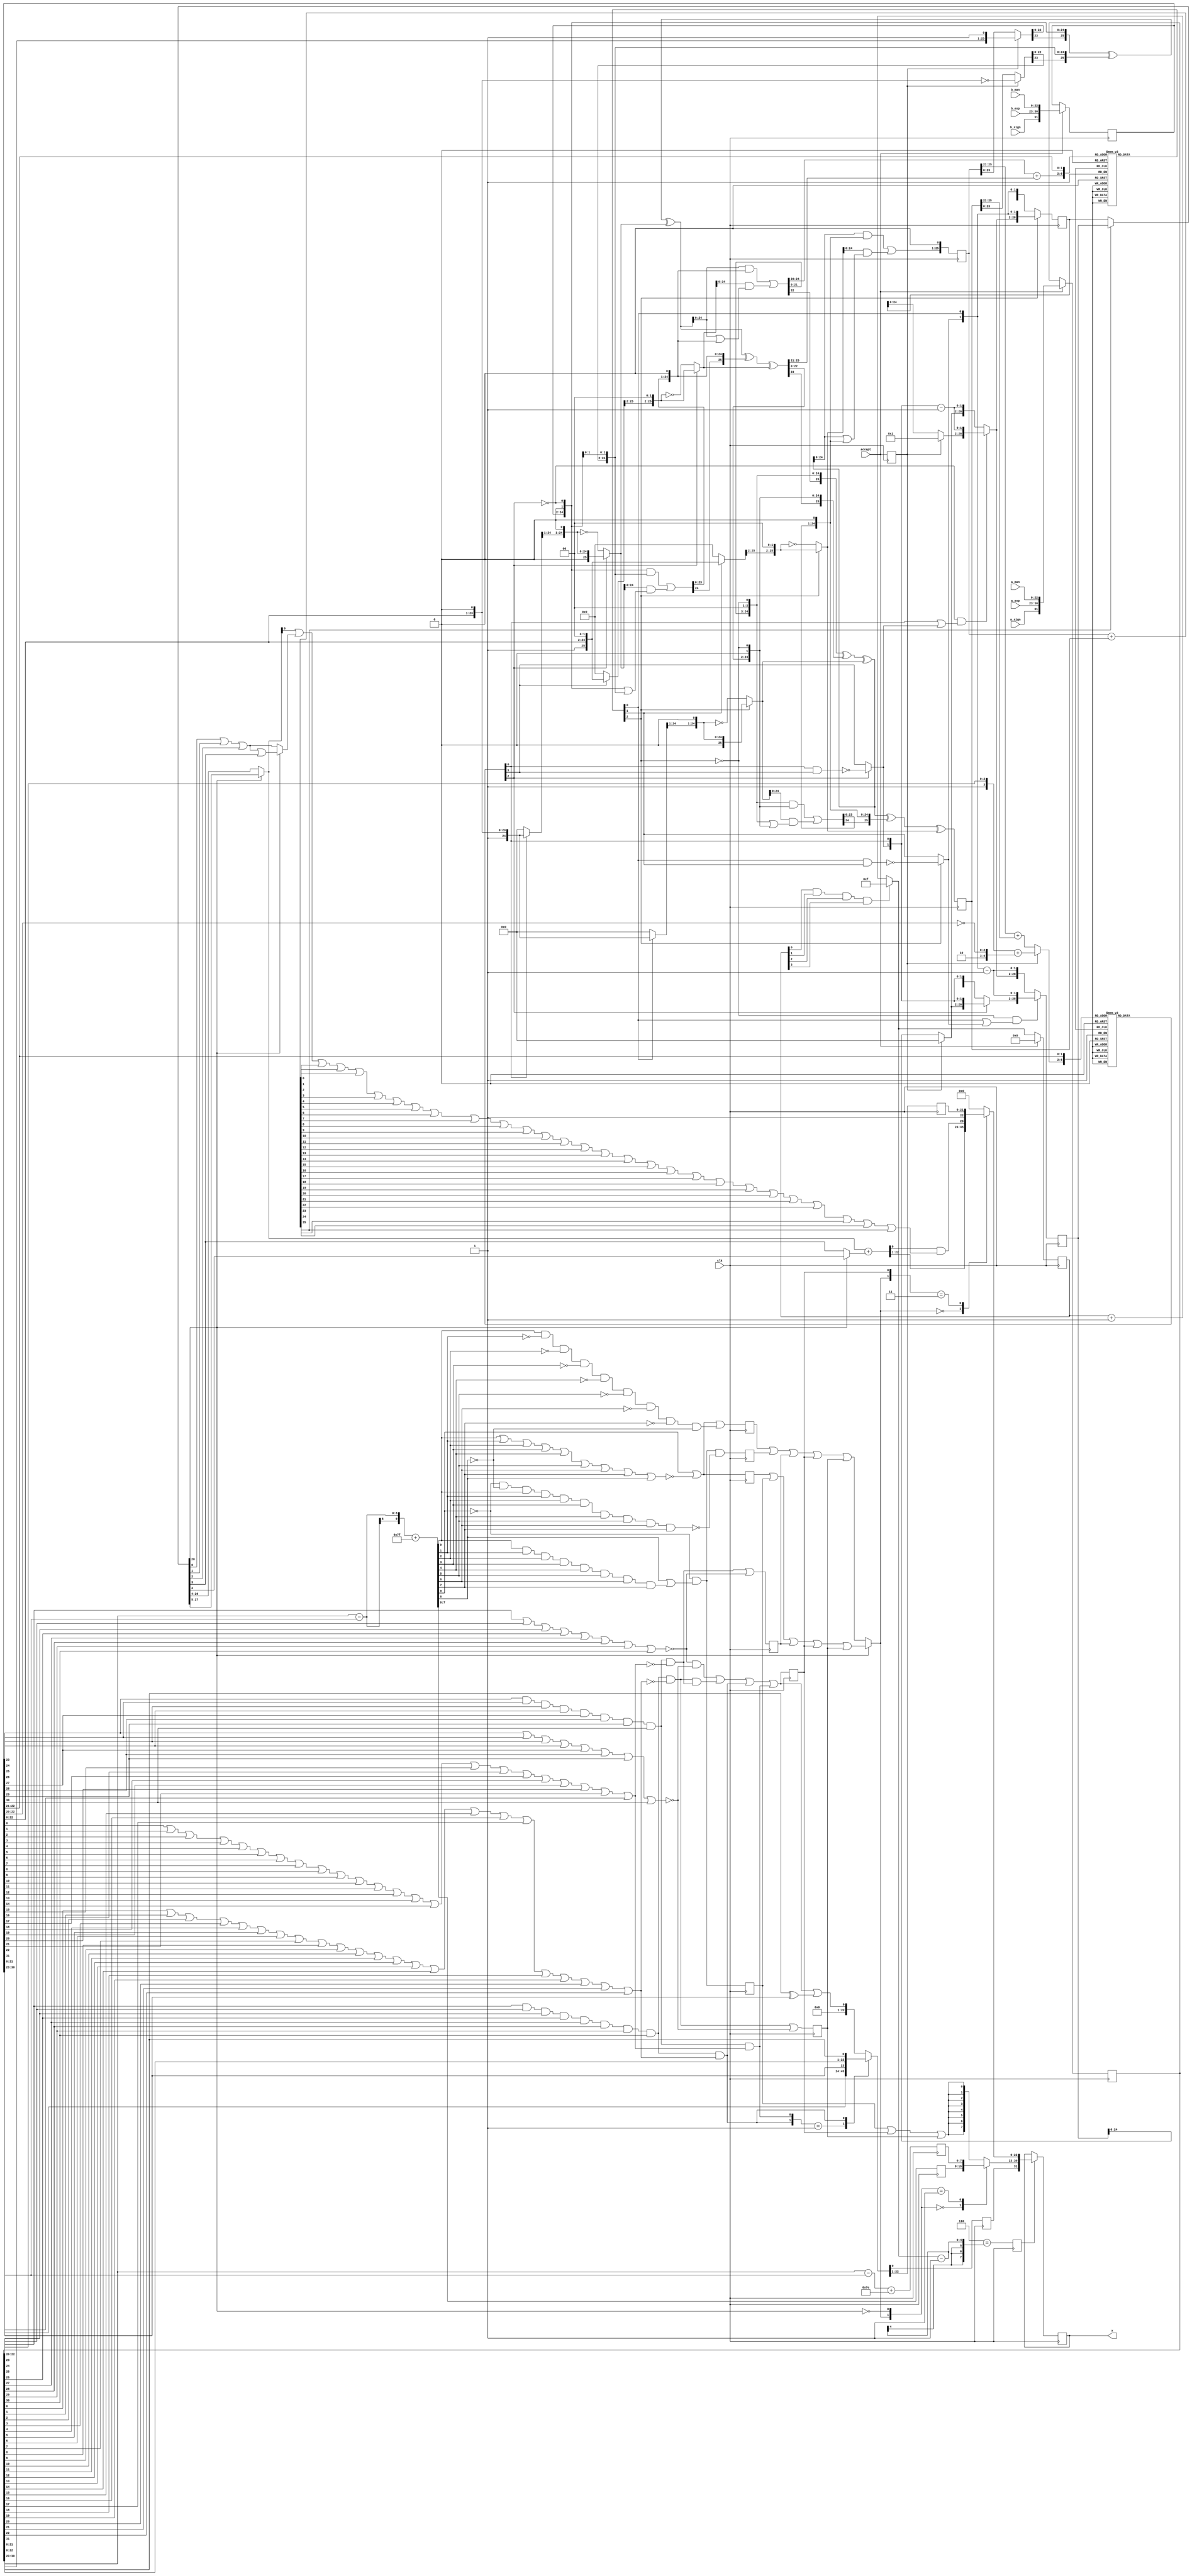
/*****************************************************************************
    Verilog RTL Description
    
    
    Created by: CellMath Designer 2019.1.01 
*******************************************************************************/

module DFT_compute_cynw_cm_float_div_ieee_E8_M23 (
	clk,
	a_sign,
	a_exp,
	a_man,
	b_sign,
	b_exp,
	b_man,
	accept,
	x
	); /* architecture "behavioural" */ 
input  clk;
input  a_sign;
input [7:0] a_exp;
input [22:0] a_man;
input  b_sign;
input [7:0] b_exp;
input [22:0] b_man;
input  accept;
output [31:0] x;
wire [31:0] tmp_0,
	tmp_1,
	inst_cellmath__0,
	inst_cellmath__8,
	inst_cellmath__9;
wire  inst_cellmath__11;
wire [3:0] inst_cellmath__12,
	inst_cellmath__13;
wire [25:0] inst_cellmath__14,
	inst_cellmath__16,
	inst_cellmath__17,
	inst_cellmath__20,
	inst_cellmath__21;
wire [4:0] inst_cellmath__22,
	inst_cellmath__23,
	inst_cellmath__24;
wire [6:0] inst_lookup0_cellmath__27;
wire [2:0] inst_lookup0_cellmath__29;
wire [25:0] inst_cellmath__30,
	inst_cellmath__31;
wire  inst_cellmath__32;
wire [25:0] inst_cellmath__34,
	inst_cellmath__35,
	inst_cellmath__36,
	inst_cellmath__38__W0,
	inst_cellmath__38__W1,
	inst_cellmath__39__W0,
	inst_cellmath__39__W1;
wire [28:0] inst_cellmath__40,
	inst_cellmath__41,
	inst_cellmath__42,
	inst_cellmath__43,
	inst_cellmath__44,
	inst_cellmath__45,
	inst_cellmath__46,
	inst_cellmath__47;
wire [1:0] inst_cellmath__50;
wire [4:0] inst_it2_cellmath__51;
wire [6:0] inst_it2_lookup1_cellmath__53;
wire [2:0] inst_it2_lookup1_cellmath__55;
wire [25:0] inst_it2_cellmath__56,
	inst_it2_cellmath__57;
wire  inst_it2_cellmath__58;
wire [25:0] inst_it2_cellmath__60,
	inst_it2_cellmath__61,
	inst_it2_cellmath__62__W0,
	inst_it2_cellmath__62__W1,
	inst_it2_cellmath__63__W0,
	inst_it2_cellmath__63__W1;
wire [1:0] inst_it2_cellmath__66;
wire [9:0] inst_cellmath__67,
	inst_cellmath__68;
wire  inst_cellmath__69,
	inst_cellmath__70,
	inst_cellmath__71,
	inst_cellmath__72,
	inst_cellmath__73,
	inst_cellmath__74,
	inst_cellmath__75,
	inst_cellmath__76,
	inst_cellmath__77,
	inst_cellmath__78,
	inst_cellmath__79,
	inst_cellmath__80,
	inst_cellmath__83,
	inst_cellmath__84,
	inst_cellmath__85,
	inst_cellmath__86,
	inst_cellmath__87,
	inst_cellmath__88,
	inst_cellmath__89,
	inst_cellmath__91,
	inst_cellmath__96,
	inst_cellmath__98,
	inst_cellmath__100,
	inst_cellmath__101,
	inst_cellmath__102,
	inst_cellmath__103,
	inst_cellmath__104,
	inst_cellmath__105,
	inst_cellmath__106,
	inst_cellmath__109;
wire [7:0] inst_cellmath__110,
	inst_cellmath__111;
wire [21:0] inst_cellmath__112;
wire [31:0] inst_cellmath__113;
wire [25:0] inst_cellmath__120;
wire  inst_cellmath__122;
wire [28:0] inst_cellmath__124;
wire [22:0] inst_cellmath__125;
wire  inst_cellmath__126,
	inst_cellmath__127;
wire [22:0] inst_cellmath__129;
wire  inst_cellmath__135,
	inst_cellmath__136,
	inst_cellmath__137;
wire [0:0] inst_cellmath__13__14;
wire [4:0] inst_cellmath__12__18;
wire [0:0] inst_cellmath__12__19;
wire [25:0] inst_cellmath__18__20,
	inst_cellmath__20__23;
wire [4:0] inst_cellmath__22__27;
wire [2:0] inst_cellmath__22__29;
wire [4:0] inst_cellmath__22__28;
wire [25:0] inst_cellmath__39__41;
wire [0:0] inst_cellmath__48__46,
	inst_cellmath__48__44;
wire [30:0] inst_cellmath__42__49,
	inst_cellmath__42__50,
	inst_cellmath__43__53,
	inst_cellmath__43__54;
wire [0:0] inst_cellmath__43__56,
	inst_cellmath__43__55;
wire [25:0] inst_it2_cellmath__63__67;
wire [0:0] inst_it2_cellmath__64__70,
	inst_it2_cellmath__64__68;
wire [30:0] inst_cellmath__40__73,
	inst_cellmath__40__74,
	inst_cellmath__41__77,
	inst_cellmath__41__78;
wire [0:0] inst_cellmath__41__80,
	inst_cellmath__41__79,
	inst_cellmath__69__82,
	inst_cellmath__69__81,
	inst_cellmath__70__83,
	inst_cellmath__87__87,
	inst_cellmath__87__88,
	inst_cellmath__92__95,
	inst_cellmath__127__103,
	inst_cellmath__127__104,
	inst_cellmath__130__105,
	inst_cellmath__121__106,
	inst_cellmath__133__109;
wire [7:0] inst_cellmath__113__113;
wire [25:0] inst_cellmath__30__31_0,
	inst_it2_cellmath__56__57_0;
wire [1:0] inst_cellmath__79_0,
	inst_cellmath__137_0,
	inst_cellmath__137_1;
wire [22:0] inst_cellmath__90_0,
	inst_cellmath__90_1,
	inst_cellmath__90_2;
wire [23:0] inst_cellmath__19__21_24_1_;
wire [1:0] inst_cellmath__48_1_0__1,
	inst_it2_cellmath__64_1_0__1;
wire [25:0] inst_cellmath__31__35_0_0,
	inst_it2_cellmath__57__61_0_0;
wire [22:0] inst_cellmath__113__115_22_1_,
	inst_cellmath__113__115_22_1__0,
	inst_cellmath__113__115_22_1__1;
wire [24:0] inst_cellmath__19__21_25_1__0_0,
	inst_cellmath__19__21_25_1__0_1;
wire [25:0] inst_cellmath__30__31_1_0,
	inst_cellmath__30__31_1_1,
	inst_cellmath__31__37_0_0,
	inst_cellmath__31__37_0_1,
	inst_cellmath__31__35_1_0,
	inst_cellmath__31__35_1_1,
	inst_it2_cellmath__56__57_1_0,
	inst_it2_cellmath__56__57_1_1,
	inst_it2_cellmath__57__61_1_0,
	inst_it2_cellmath__57__61_1_1;
wire [21:0] inst_cellmath__134__111_22_1_;
wire [24:0] inst_cellmath__31__35_0_25_1__0_0,
	inst_cellmath__31__35_0_25_1__0_1,
	inst_it2_cellmath__57__61_0_25_1__0_0,
	inst_it2_cellmath__57__61_0_25_1__0_1;

reg [31:0] inst_cellmath__0_0_reg;
assign inst_cellmath__0 = inst_cellmath__0_0_reg;
always @ (posedge clk) begin
	begin
		if (inst_cellmath__109==1'B1) inst_cellmath__0_0_reg <= inst_cellmath__113;
	end
end

assign x = inst_cellmath__0;

assign tmp_0 = {a_sign,a_exp,a_man};

assign tmp_1 = {b_sign,b_exp,b_man};

reg [31:0] inst_cellmath__9_0_reg;
assign inst_cellmath__9 = inst_cellmath__9_0_reg;
always @ (posedge clk) begin
	begin
		if (accept==1'B1) inst_cellmath__9_0_reg <= tmp_1;
	end
end

assign inst_cellmath__19__21_25_1__0_0 = {1'B1,inst_cellmath__9[22:0],1'B0};

assign inst_cellmath__19__21_25_1__0_1 = {1'B1,inst_cellmath__9[22:0],1'B0};

reg  inst_cellmath__11_0_reg;
assign inst_cellmath__11 = inst_cellmath__11_0_reg;
always @ (posedge clk) begin
	begin
		inst_cellmath__11_0_reg <= accept;
	end
end

reg [25:0] inst_cellmath__16_0_reg;
assign inst_cellmath__16 = inst_cellmath__16_0_reg;
always @ (posedge clk) begin
	begin
		inst_cellmath__16_0_reg <= inst_cellmath__14;
	end
end

reg [25:0] inst_cellmath__17_0_reg;
assign inst_cellmath__17 = inst_cellmath__17_0_reg;
always @ (posedge clk) begin
	begin
		inst_cellmath__17_0_reg <= inst_it2_cellmath__63__W1;
	end
end

assign inst_cellmath__23 = 
	+(inst_cellmath__16[25:21])
	+(inst_cellmath__17[25:21]);

reg [31:0] inst_cellmath__8_0_reg;
assign inst_cellmath__8 = inst_cellmath__8_0_reg;
always @ (posedge clk) begin
	begin
		if (accept==1'B1) inst_cellmath__8_0_reg <= tmp_0;
	end
end

assign inst_cellmath__22__27 = {2'B01,inst_cellmath__8[22:20]};

assign inst_cellmath__22__29 = ~inst_cellmath__9[22:20];

assign inst_cellmath__22__28 = {2'B10,inst_cellmath__22__29};

assign inst_cellmath__22 = 
	+(inst_cellmath__22__27)
	+(inst_cellmath__22__28);

reg [4:0] inst_cellmath__24_tmp_0;
assign inst_cellmath__24 = inst_cellmath__24_tmp_0;
always @ (inst_cellmath__11 or inst_cellmath__23 or inst_cellmath__22) begin
	case (inst_cellmath__11)
		1'B0 : inst_cellmath__24_tmp_0 = inst_cellmath__23 ;
		default : inst_cellmath__24_tmp_0 = inst_cellmath__22 ;
	endcase
end

assign inst_lookup0_cellmath__27 = {inst_cellmath__24,inst_cellmath__9[22:21]};

reg [2:0] inst_lookup0_cellmath__29_tmp_1;
assign inst_lookup0_cellmath__29 = inst_lookup0_cellmath__29_tmp_1;
always @ (inst_lookup0_cellmath__27) begin
	case (inst_lookup0_cellmath__27)
		7'B0000100 : inst_lookup0_cellmath__29_tmp_1 = 3'B001 ;
		7'B0000101 : inst_lookup0_cellmath__29_tmp_1 = 3'B001 ;
		7'B0001000 : inst_lookup0_cellmath__29_tmp_1 = 3'B001 ;
		7'B0001001 : inst_lookup0_cellmath__29_tmp_1 = 3'B001 ;
		7'B0001010 : inst_lookup0_cellmath__29_tmp_1 = 3'B001 ;
		7'B0001011 : inst_lookup0_cellmath__29_tmp_1 = 3'B001 ;
		7'B0001100 : inst_lookup0_cellmath__29_tmp_1 = 3'B010 ;
		7'B0001101 : inst_lookup0_cellmath__29_tmp_1 = 3'B001 ;
		7'B0001110 : inst_lookup0_cellmath__29_tmp_1 = 3'B001 ;
		7'B0001111 : inst_lookup0_cellmath__29_tmp_1 = 3'B001 ;
		7'B0010000 : inst_lookup0_cellmath__29_tmp_1 = 3'B010 ;
		7'B0010001 : inst_lookup0_cellmath__29_tmp_1 = 3'B010 ;
		7'B0010010 : inst_lookup0_cellmath__29_tmp_1 = 3'B001 ;
		7'B0010011 : inst_lookup0_cellmath__29_tmp_1 = 3'B001 ;
		7'B0010100 : inst_lookup0_cellmath__29_tmp_1 = 3'B011 ;
		7'B0010101 : inst_lookup0_cellmath__29_tmp_1 = 3'B010 ;
		7'B0010110 : inst_lookup0_cellmath__29_tmp_1 = 3'B010 ;
		7'B0010111 : inst_lookup0_cellmath__29_tmp_1 = 3'B001 ;
		7'B0011000 : inst_lookup0_cellmath__29_tmp_1 = 3'B011 ;
		7'B0011001 : inst_lookup0_cellmath__29_tmp_1 = 3'B011 ;
		7'B0011010 : inst_lookup0_cellmath__29_tmp_1 = 3'B010 ;
		7'B0011011 : inst_lookup0_cellmath__29_tmp_1 = 3'B010 ;
		7'B0011100 : inst_lookup0_cellmath__29_tmp_1 = 3'B011 ;
		7'B0011101 : inst_lookup0_cellmath__29_tmp_1 = 3'B011 ;
		7'B0011110 : inst_lookup0_cellmath__29_tmp_1 = 3'B010 ;
		7'B0011111 : inst_lookup0_cellmath__29_tmp_1 = 3'B010 ;
		7'B0100000 : inst_lookup0_cellmath__29_tmp_1 = 3'B011 ;
		7'B0100001 : inst_lookup0_cellmath__29_tmp_1 = 3'B011 ;
		7'B0100010 : inst_lookup0_cellmath__29_tmp_1 = 3'B011 ;
		7'B0100011 : inst_lookup0_cellmath__29_tmp_1 = 3'B010 ;
		7'B0100100 : inst_lookup0_cellmath__29_tmp_1 = 3'B011 ;
		7'B0100101 : inst_lookup0_cellmath__29_tmp_1 = 3'B011 ;
		7'B0100110 : inst_lookup0_cellmath__29_tmp_1 = 3'B011 ;
		7'B0100111 : inst_lookup0_cellmath__29_tmp_1 = 3'B011 ;
		7'B0101000 : inst_lookup0_cellmath__29_tmp_1 = 3'B011 ;
		7'B0101001 : inst_lookup0_cellmath__29_tmp_1 = 3'B011 ;
		7'B0101010 : inst_lookup0_cellmath__29_tmp_1 = 3'B011 ;
		7'B0101011 : inst_lookup0_cellmath__29_tmp_1 = 3'B011 ;
		7'B0101100 : inst_lookup0_cellmath__29_tmp_1 = 3'B011 ;
		7'B0101101 : inst_lookup0_cellmath__29_tmp_1 = 3'B011 ;
		7'B0101110 : inst_lookup0_cellmath__29_tmp_1 = 3'B011 ;
		7'B0101111 : inst_lookup0_cellmath__29_tmp_1 = 3'B011 ;
		7'B0110000 : inst_lookup0_cellmath__29_tmp_1 = 3'B011 ;
		7'B0110001 : inst_lookup0_cellmath__29_tmp_1 = 3'B011 ;
		7'B0110010 : inst_lookup0_cellmath__29_tmp_1 = 3'B011 ;
		7'B0110011 : inst_lookup0_cellmath__29_tmp_1 = 3'B011 ;
		7'B0110100 : inst_lookup0_cellmath__29_tmp_1 = 3'B011 ;
		7'B0110101 : inst_lookup0_cellmath__29_tmp_1 = 3'B011 ;
		7'B0110110 : inst_lookup0_cellmath__29_tmp_1 = 3'B011 ;
		7'B0110111 : inst_lookup0_cellmath__29_tmp_1 = 3'B011 ;
		7'B0111000 : inst_lookup0_cellmath__29_tmp_1 = 3'B011 ;
		7'B0111001 : inst_lookup0_cellmath__29_tmp_1 = 3'B011 ;
		7'B0111010 : inst_lookup0_cellmath__29_tmp_1 = 3'B011 ;
		7'B0111011 : inst_lookup0_cellmath__29_tmp_1 = 3'B011 ;
		7'B0111100 : inst_lookup0_cellmath__29_tmp_1 = 3'B011 ;
		7'B0111101 : inst_lookup0_cellmath__29_tmp_1 = 3'B011 ;
		7'B0111110 : inst_lookup0_cellmath__29_tmp_1 = 3'B011 ;
		7'B0111111 : inst_lookup0_cellmath__29_tmp_1 = 3'B011 ;
		7'B1000000 : inst_lookup0_cellmath__29_tmp_1 = 3'B011 ;
		7'B1000001 : inst_lookup0_cellmath__29_tmp_1 = 3'B011 ;
		7'B1000010 : inst_lookup0_cellmath__29_tmp_1 = 3'B011 ;
		7'B1000011 : inst_lookup0_cellmath__29_tmp_1 = 3'B111 ;
		7'B1000100 : inst_lookup0_cellmath__29_tmp_1 = 3'B011 ;
		7'B1000101 : inst_lookup0_cellmath__29_tmp_1 = 3'B011 ;
		7'B1000110 : inst_lookup0_cellmath__29_tmp_1 = 3'B111 ;
		7'B1000111 : inst_lookup0_cellmath__29_tmp_1 = 3'B111 ;
		7'B1001000 : inst_lookup0_cellmath__29_tmp_1 = 3'B011 ;
		7'B1001001 : inst_lookup0_cellmath__29_tmp_1 = 3'B011 ;
		7'B1001010 : inst_lookup0_cellmath__29_tmp_1 = 3'B111 ;
		7'B1001011 : inst_lookup0_cellmath__29_tmp_1 = 3'B111 ;
		7'B1001100 : inst_lookup0_cellmath__29_tmp_1 = 3'B011 ;
		7'B1001101 : inst_lookup0_cellmath__29_tmp_1 = 3'B111 ;
		7'B1001110 : inst_lookup0_cellmath__29_tmp_1 = 3'B111 ;
		7'B1001111 : inst_lookup0_cellmath__29_tmp_1 = 3'B111 ;
		7'B1010000 : inst_lookup0_cellmath__29_tmp_1 = 3'B011 ;
		7'B1010001 : inst_lookup0_cellmath__29_tmp_1 = 3'B111 ;
		7'B1010010 : inst_lookup0_cellmath__29_tmp_1 = 3'B111 ;
		7'B1010011 : inst_lookup0_cellmath__29_tmp_1 = 3'B111 ;
		7'B1010100 : inst_lookup0_cellmath__29_tmp_1 = 3'B111 ;
		7'B1010101 : inst_lookup0_cellmath__29_tmp_1 = 3'B111 ;
		7'B1010110 : inst_lookup0_cellmath__29_tmp_1 = 3'B111 ;
		7'B1010111 : inst_lookup0_cellmath__29_tmp_1 = 3'B111 ;
		7'B1011000 : inst_lookup0_cellmath__29_tmp_1 = 3'B111 ;
		7'B1011001 : inst_lookup0_cellmath__29_tmp_1 = 3'B111 ;
		7'B1011010 : inst_lookup0_cellmath__29_tmp_1 = 3'B111 ;
		7'B1011011 : inst_lookup0_cellmath__29_tmp_1 = 3'B111 ;
		7'B1011100 : inst_lookup0_cellmath__29_tmp_1 = 3'B111 ;
		7'B1011101 : inst_lookup0_cellmath__29_tmp_1 = 3'B111 ;
		7'B1011110 : inst_lookup0_cellmath__29_tmp_1 = 3'B111 ;
		7'B1011111 : inst_lookup0_cellmath__29_tmp_1 = 3'B110 ;
		7'B1100000 : inst_lookup0_cellmath__29_tmp_1 = 3'B111 ;
		7'B1100001 : inst_lookup0_cellmath__29_tmp_1 = 3'B111 ;
		7'B1100010 : inst_lookup0_cellmath__29_tmp_1 = 3'B110 ;
		7'B1100011 : inst_lookup0_cellmath__29_tmp_1 = 3'B110 ;
		7'B1100100 : inst_lookup0_cellmath__29_tmp_1 = 3'B111 ;
		7'B1100101 : inst_lookup0_cellmath__29_tmp_1 = 3'B110 ;
		7'B1100110 : inst_lookup0_cellmath__29_tmp_1 = 3'B110 ;
		7'B1100111 : inst_lookup0_cellmath__29_tmp_1 = 3'B110 ;
		7'B1101000 : inst_lookup0_cellmath__29_tmp_1 = 3'B110 ;
		7'B1101001 : inst_lookup0_cellmath__29_tmp_1 = 3'B110 ;
		7'B1101010 : inst_lookup0_cellmath__29_tmp_1 = 3'B110 ;
		7'B1101011 : inst_lookup0_cellmath__29_tmp_1 = 3'B110 ;
		7'B1101100 : inst_lookup0_cellmath__29_tmp_1 = 3'B110 ;
		7'B1101101 : inst_lookup0_cellmath__29_tmp_1 = 3'B110 ;
		7'B1101110 : inst_lookup0_cellmath__29_tmp_1 = 3'B101 ;
		7'B1101111 : inst_lookup0_cellmath__29_tmp_1 = 3'B101 ;
		7'B1110000 : inst_lookup0_cellmath__29_tmp_1 = 3'B101 ;
		7'B1110001 : inst_lookup0_cellmath__29_tmp_1 = 3'B101 ;
		7'B1110010 : inst_lookup0_cellmath__29_tmp_1 = 3'B101 ;
		7'B1110011 : inst_lookup0_cellmath__29_tmp_1 = 3'B101 ;
		7'B1110100 : inst_lookup0_cellmath__29_tmp_1 = 3'B101 ;
		7'B1110101 : inst_lookup0_cellmath__29_tmp_1 = 3'B101 ;
		7'B1110110 : inst_lookup0_cellmath__29_tmp_1 = 3'B101 ;
		7'B1110111 : inst_lookup0_cellmath__29_tmp_1 = 3'B101 ;
		7'B1111000 : inst_lookup0_cellmath__29_tmp_1 = 3'B101 ;
		7'B1111001 : inst_lookup0_cellmath__29_tmp_1 = 3'B101 ;
		7'B1111010 : inst_lookup0_cellmath__29_tmp_1 = 3'B101 ;
		7'B1111011 : inst_lookup0_cellmath__29_tmp_1 = 3'B101 ;
		default : inst_lookup0_cellmath__29_tmp_1 = {3{1'b0}} ;
	endcase
end

reg [24:0] inst_cellmath__30__31_0_24_0_;
assign inst_cellmath__30__31_0[24:0] = inst_cellmath__30__31_0_24_0_;
always @ (inst_lookup0_cellmath__29[0] or inst_cellmath__19__21_25_1__0_1) begin
	case (inst_lookup0_cellmath__29[0])
		1'B1 : inst_cellmath__30__31_0_24_0_ = inst_cellmath__19__21_25_1__0_1 ;
		default : inst_cellmath__30__31_0_24_0_ = {25{1'b0}} ;
	endcase
end

assign inst_cellmath__30__31_1_0 = {1'B0,inst_cellmath__30__31_0[24:1],1'B0};

assign inst_cellmath__30__31_1_1 = {1'B0,inst_cellmath__30__31_0[24:1],1'B0};

assign inst_cellmath__31__37_0_0 = {1'B1,inst_cellmath__9[22:0],2'B00};

assign inst_cellmath__31__37_0_1 = {1'B1,inst_cellmath__9[22:0],2'B00};

reg [25:0] inst_cellmath__31__35_0_0_tmp_2;
assign inst_cellmath__31__35_0_0 = inst_cellmath__31__35_0_0_tmp_2;
always @ (inst_lookup0_cellmath__29[1] or inst_cellmath__31__37_0_0) begin
	case (inst_lookup0_cellmath__29[1])
		1'B1 : inst_cellmath__31__35_0_0_tmp_2 = inst_cellmath__31__37_0_0 ;
		default : inst_cellmath__31__35_0_0_tmp_2 = {26{1'b0}} ;
	endcase
end

assign inst_cellmath__31__35_0_25_1__0_0 = {inst_cellmath__31__35_0_0[25:2],1'B0};

assign inst_cellmath__31__35_0_25_1__0_1 = {inst_cellmath__31__35_0_0[25:2],1'B0};

assign inst_cellmath__31__35_1_0 = {inst_cellmath__31__35_0_25_1__0_1,1'B0};

assign inst_cellmath__31__35_1_1 = {inst_cellmath__31__35_0_25_1__0_0,1'B0};

assign inst_cellmath__18__20[23:0] = {inst_cellmath__8[22:0],1'B0};

assign inst_cellmath__20__23[23:0] = {inst_cellmath__18__20[23:1],1'B1};

reg [23:0] inst_cellmath__20_23_0_;
assign inst_cellmath__20[23:0] = inst_cellmath__20_23_0_;
always @ (inst_cellmath__11 or inst_cellmath__16[23:0] or inst_cellmath__20__23[23:0]) begin
	case (inst_cellmath__11)
		1'B0 : inst_cellmath__20_23_0_ = inst_cellmath__16[23:0] ;
		default : inst_cellmath__20_23_0_ = inst_cellmath__20__23[23:0] ;
	endcase
end

assign inst_cellmath__32 = ~inst_lookup0_cellmath__29[2];

assign inst_cellmath__34 = {inst_cellmath__20[23:0],1'B0,inst_cellmath__32};

assign inst_cellmath__19__21_24_1_ = {inst_cellmath__9[22:0],1'B0};

reg [23:0] inst_cellmath__21_23_0_;
assign inst_cellmath__21[23:0] = inst_cellmath__21_23_0_;
always @ (inst_cellmath__11 or inst_cellmath__17[23:0] or inst_cellmath__19__21_24_1_) begin
	case (inst_cellmath__11)
		1'B0 : inst_cellmath__21_23_0_ = inst_cellmath__17[23:0] ;
		default : inst_cellmath__21_23_0_ = ~inst_cellmath__19__21_24_1_ ;
	endcase
end

assign inst_cellmath__35 = {inst_cellmath__21[23:0],1'B0,inst_cellmath__32};

reg [25:0] inst_cellmath__30_tmp_3;
assign inst_cellmath__30 = inst_cellmath__30_tmp_3;
always @ (inst_lookup0_cellmath__29[2] or inst_cellmath__30__31_1_0 or inst_cellmath__30__31_1_1) begin
	case (inst_lookup0_cellmath__29[2])
		1'B0 : inst_cellmath__30_tmp_3 = ~inst_cellmath__30__31_1_0 ;
		default : inst_cellmath__30_tmp_3 = inst_cellmath__30__31_1_1 ;
	endcase
end

assign inst_cellmath__38__W1 = (inst_cellmath__34 ^ inst_cellmath__35) ^ inst_cellmath__30;
assign inst_cellmath__38__W0[24:0] = (inst_cellmath__34 & inst_cellmath__35) | (inst_cellmath__30 & (inst_cellmath__34 | inst_cellmath__35));

assign inst_cellmath__39__41 = {inst_cellmath__38__W0[24:0],1'B0};

reg [25:0] inst_cellmath__31_tmp_4;
assign inst_cellmath__31 = inst_cellmath__31_tmp_4;
always @ (inst_lookup0_cellmath__29[2] or inst_cellmath__31__35_1_0 or inst_cellmath__31__35_1_1) begin
	case (inst_lookup0_cellmath__29[2])
		1'B0 : inst_cellmath__31_tmp_4 = ~inst_cellmath__31__35_1_0 ;
		default : inst_cellmath__31_tmp_4 = inst_cellmath__31__35_1_1 ;
	endcase
end

assign inst_cellmath__39__W1 = (inst_cellmath__38__W1 ^ inst_cellmath__39__41) ^ inst_cellmath__31;
assign inst_cellmath__39__W0[24:0] = (inst_cellmath__38__W1 & inst_cellmath__39__41) | (inst_cellmath__31 & (inst_cellmath__38__W1 | inst_cellmath__39__41));

assign inst_it2_cellmath__51 = 
	+(inst_cellmath__39__W0[24:20])
	+(inst_cellmath__39__W1[25:21]);

assign inst_it2_lookup1_cellmath__53 = {inst_it2_cellmath__51,inst_cellmath__9[22:21]};

reg [2:0] inst_it2_lookup1_cellmath__55_tmp_5;
assign inst_it2_lookup1_cellmath__55 = inst_it2_lookup1_cellmath__55_tmp_5;
always @ (inst_it2_lookup1_cellmath__53) begin
	case (inst_it2_lookup1_cellmath__53)
		7'B0000100 : inst_it2_lookup1_cellmath__55_tmp_5 = 3'B001 ;
		7'B0000101 : inst_it2_lookup1_cellmath__55_tmp_5 = 3'B001 ;
		7'B0001000 : inst_it2_lookup1_cellmath__55_tmp_5 = 3'B001 ;
		7'B0001001 : inst_it2_lookup1_cellmath__55_tmp_5 = 3'B001 ;
		7'B0001010 : inst_it2_lookup1_cellmath__55_tmp_5 = 3'B001 ;
		7'B0001011 : inst_it2_lookup1_cellmath__55_tmp_5 = 3'B001 ;
		7'B0001100 : inst_it2_lookup1_cellmath__55_tmp_5 = 3'B010 ;
		7'B0001101 : inst_it2_lookup1_cellmath__55_tmp_5 = 3'B001 ;
		7'B0001110 : inst_it2_lookup1_cellmath__55_tmp_5 = 3'B001 ;
		7'B0001111 : inst_it2_lookup1_cellmath__55_tmp_5 = 3'B001 ;
		7'B0010000 : inst_it2_lookup1_cellmath__55_tmp_5 = 3'B010 ;
		7'B0010001 : inst_it2_lookup1_cellmath__55_tmp_5 = 3'B010 ;
		7'B0010010 : inst_it2_lookup1_cellmath__55_tmp_5 = 3'B001 ;
		7'B0010011 : inst_it2_lookup1_cellmath__55_tmp_5 = 3'B001 ;
		7'B0010100 : inst_it2_lookup1_cellmath__55_tmp_5 = 3'B011 ;
		7'B0010101 : inst_it2_lookup1_cellmath__55_tmp_5 = 3'B010 ;
		7'B0010110 : inst_it2_lookup1_cellmath__55_tmp_5 = 3'B010 ;
		7'B0010111 : inst_it2_lookup1_cellmath__55_tmp_5 = 3'B001 ;
		7'B0011000 : inst_it2_lookup1_cellmath__55_tmp_5 = 3'B011 ;
		7'B0011001 : inst_it2_lookup1_cellmath__55_tmp_5 = 3'B011 ;
		7'B0011010 : inst_it2_lookup1_cellmath__55_tmp_5 = 3'B010 ;
		7'B0011011 : inst_it2_lookup1_cellmath__55_tmp_5 = 3'B010 ;
		7'B0011100 : inst_it2_lookup1_cellmath__55_tmp_5 = 3'B011 ;
		7'B0011101 : inst_it2_lookup1_cellmath__55_tmp_5 = 3'B011 ;
		7'B0011110 : inst_it2_lookup1_cellmath__55_tmp_5 = 3'B010 ;
		7'B0011111 : inst_it2_lookup1_cellmath__55_tmp_5 = 3'B010 ;
		7'B0100000 : inst_it2_lookup1_cellmath__55_tmp_5 = 3'B011 ;
		7'B0100001 : inst_it2_lookup1_cellmath__55_tmp_5 = 3'B011 ;
		7'B0100010 : inst_it2_lookup1_cellmath__55_tmp_5 = 3'B011 ;
		7'B0100011 : inst_it2_lookup1_cellmath__55_tmp_5 = 3'B010 ;
		7'B0100100 : inst_it2_lookup1_cellmath__55_tmp_5 = 3'B011 ;
		7'B0100101 : inst_it2_lookup1_cellmath__55_tmp_5 = 3'B011 ;
		7'B0100110 : inst_it2_lookup1_cellmath__55_tmp_5 = 3'B011 ;
		7'B0100111 : inst_it2_lookup1_cellmath__55_tmp_5 = 3'B011 ;
		7'B0101000 : inst_it2_lookup1_cellmath__55_tmp_5 = 3'B011 ;
		7'B0101001 : inst_it2_lookup1_cellmath__55_tmp_5 = 3'B011 ;
		7'B0101010 : inst_it2_lookup1_cellmath__55_tmp_5 = 3'B011 ;
		7'B0101011 : inst_it2_lookup1_cellmath__55_tmp_5 = 3'B011 ;
		7'B0101100 : inst_it2_lookup1_cellmath__55_tmp_5 = 3'B011 ;
		7'B0101101 : inst_it2_lookup1_cellmath__55_tmp_5 = 3'B011 ;
		7'B0101110 : inst_it2_lookup1_cellmath__55_tmp_5 = 3'B011 ;
		7'B0101111 : inst_it2_lookup1_cellmath__55_tmp_5 = 3'B011 ;
		7'B0110000 : inst_it2_lookup1_cellmath__55_tmp_5 = 3'B011 ;
		7'B0110001 : inst_it2_lookup1_cellmath__55_tmp_5 = 3'B011 ;
		7'B0110010 : inst_it2_lookup1_cellmath__55_tmp_5 = 3'B011 ;
		7'B0110011 : inst_it2_lookup1_cellmath__55_tmp_5 = 3'B011 ;
		7'B0110100 : inst_it2_lookup1_cellmath__55_tmp_5 = 3'B011 ;
		7'B0110101 : inst_it2_lookup1_cellmath__55_tmp_5 = 3'B011 ;
		7'B0110110 : inst_it2_lookup1_cellmath__55_tmp_5 = 3'B011 ;
		7'B0110111 : inst_it2_lookup1_cellmath__55_tmp_5 = 3'B011 ;
		7'B0111000 : inst_it2_lookup1_cellmath__55_tmp_5 = 3'B011 ;
		7'B0111001 : inst_it2_lookup1_cellmath__55_tmp_5 = 3'B011 ;
		7'B0111010 : inst_it2_lookup1_cellmath__55_tmp_5 = 3'B011 ;
		7'B0111011 : inst_it2_lookup1_cellmath__55_tmp_5 = 3'B011 ;
		7'B0111100 : inst_it2_lookup1_cellmath__55_tmp_5 = 3'B011 ;
		7'B0111101 : inst_it2_lookup1_cellmath__55_tmp_5 = 3'B011 ;
		7'B0111110 : inst_it2_lookup1_cellmath__55_tmp_5 = 3'B011 ;
		7'B0111111 : inst_it2_lookup1_cellmath__55_tmp_5 = 3'B011 ;
		7'B1000000 : inst_it2_lookup1_cellmath__55_tmp_5 = 3'B011 ;
		7'B1000001 : inst_it2_lookup1_cellmath__55_tmp_5 = 3'B011 ;
		7'B1000010 : inst_it2_lookup1_cellmath__55_tmp_5 = 3'B011 ;
		7'B1000011 : inst_it2_lookup1_cellmath__55_tmp_5 = 3'B111 ;
		7'B1000100 : inst_it2_lookup1_cellmath__55_tmp_5 = 3'B011 ;
		7'B1000101 : inst_it2_lookup1_cellmath__55_tmp_5 = 3'B011 ;
		7'B1000110 : inst_it2_lookup1_cellmath__55_tmp_5 = 3'B111 ;
		7'B1000111 : inst_it2_lookup1_cellmath__55_tmp_5 = 3'B111 ;
		7'B1001000 : inst_it2_lookup1_cellmath__55_tmp_5 = 3'B011 ;
		7'B1001001 : inst_it2_lookup1_cellmath__55_tmp_5 = 3'B011 ;
		7'B1001010 : inst_it2_lookup1_cellmath__55_tmp_5 = 3'B111 ;
		7'B1001011 : inst_it2_lookup1_cellmath__55_tmp_5 = 3'B111 ;
		7'B1001100 : inst_it2_lookup1_cellmath__55_tmp_5 = 3'B011 ;
		7'B1001101 : inst_it2_lookup1_cellmath__55_tmp_5 = 3'B111 ;
		7'B1001110 : inst_it2_lookup1_cellmath__55_tmp_5 = 3'B111 ;
		7'B1001111 : inst_it2_lookup1_cellmath__55_tmp_5 = 3'B111 ;
		7'B1010000 : inst_it2_lookup1_cellmath__55_tmp_5 = 3'B011 ;
		7'B1010001 : inst_it2_lookup1_cellmath__55_tmp_5 = 3'B111 ;
		7'B1010010 : inst_it2_lookup1_cellmath__55_tmp_5 = 3'B111 ;
		7'B1010011 : inst_it2_lookup1_cellmath__55_tmp_5 = 3'B111 ;
		7'B1010100 : inst_it2_lookup1_cellmath__55_tmp_5 = 3'B111 ;
		7'B1010101 : inst_it2_lookup1_cellmath__55_tmp_5 = 3'B111 ;
		7'B1010110 : inst_it2_lookup1_cellmath__55_tmp_5 = 3'B111 ;
		7'B1010111 : inst_it2_lookup1_cellmath__55_tmp_5 = 3'B111 ;
		7'B1011000 : inst_it2_lookup1_cellmath__55_tmp_5 = 3'B111 ;
		7'B1011001 : inst_it2_lookup1_cellmath__55_tmp_5 = 3'B111 ;
		7'B1011010 : inst_it2_lookup1_cellmath__55_tmp_5 = 3'B111 ;
		7'B1011011 : inst_it2_lookup1_cellmath__55_tmp_5 = 3'B111 ;
		7'B1011100 : inst_it2_lookup1_cellmath__55_tmp_5 = 3'B111 ;
		7'B1011101 : inst_it2_lookup1_cellmath__55_tmp_5 = 3'B111 ;
		7'B1011110 : inst_it2_lookup1_cellmath__55_tmp_5 = 3'B111 ;
		7'B1011111 : inst_it2_lookup1_cellmath__55_tmp_5 = 3'B110 ;
		7'B1100000 : inst_it2_lookup1_cellmath__55_tmp_5 = 3'B111 ;
		7'B1100001 : inst_it2_lookup1_cellmath__55_tmp_5 = 3'B111 ;
		7'B1100010 : inst_it2_lookup1_cellmath__55_tmp_5 = 3'B110 ;
		7'B1100011 : inst_it2_lookup1_cellmath__55_tmp_5 = 3'B110 ;
		7'B1100100 : inst_it2_lookup1_cellmath__55_tmp_5 = 3'B111 ;
		7'B1100101 : inst_it2_lookup1_cellmath__55_tmp_5 = 3'B110 ;
		7'B1100110 : inst_it2_lookup1_cellmath__55_tmp_5 = 3'B110 ;
		7'B1100111 : inst_it2_lookup1_cellmath__55_tmp_5 = 3'B110 ;
		7'B1101000 : inst_it2_lookup1_cellmath__55_tmp_5 = 3'B110 ;
		7'B1101001 : inst_it2_lookup1_cellmath__55_tmp_5 = 3'B110 ;
		7'B1101010 : inst_it2_lookup1_cellmath__55_tmp_5 = 3'B110 ;
		7'B1101011 : inst_it2_lookup1_cellmath__55_tmp_5 = 3'B110 ;
		7'B1101100 : inst_it2_lookup1_cellmath__55_tmp_5 = 3'B110 ;
		7'B1101101 : inst_it2_lookup1_cellmath__55_tmp_5 = 3'B110 ;
		7'B1101110 : inst_it2_lookup1_cellmath__55_tmp_5 = 3'B101 ;
		7'B1101111 : inst_it2_lookup1_cellmath__55_tmp_5 = 3'B101 ;
		7'B1110000 : inst_it2_lookup1_cellmath__55_tmp_5 = 3'B101 ;
		7'B1110001 : inst_it2_lookup1_cellmath__55_tmp_5 = 3'B101 ;
		7'B1110010 : inst_it2_lookup1_cellmath__55_tmp_5 = 3'B101 ;
		7'B1110011 : inst_it2_lookup1_cellmath__55_tmp_5 = 3'B101 ;
		7'B1110100 : inst_it2_lookup1_cellmath__55_tmp_5 = 3'B101 ;
		7'B1110101 : inst_it2_lookup1_cellmath__55_tmp_5 = 3'B101 ;
		7'B1110110 : inst_it2_lookup1_cellmath__55_tmp_5 = 3'B101 ;
		7'B1110111 : inst_it2_lookup1_cellmath__55_tmp_5 = 3'B101 ;
		7'B1111000 : inst_it2_lookup1_cellmath__55_tmp_5 = 3'B101 ;
		7'B1111001 : inst_it2_lookup1_cellmath__55_tmp_5 = 3'B101 ;
		7'B1111010 : inst_it2_lookup1_cellmath__55_tmp_5 = 3'B101 ;
		7'B1111011 : inst_it2_lookup1_cellmath__55_tmp_5 = 3'B101 ;
		default : inst_it2_lookup1_cellmath__55_tmp_5 = {3{1'b0}} ;
	endcase
end

reg [24:0] inst_it2_cellmath__56__57_0_24_0_;
assign inst_it2_cellmath__56__57_0[24:0] = inst_it2_cellmath__56__57_0_24_0_;
always @ (inst_it2_lookup1_cellmath__55[0] or inst_cellmath__19__21_25_1__0_0) begin
	case (inst_it2_lookup1_cellmath__55[0])
		1'B1 : inst_it2_cellmath__56__57_0_24_0_ = inst_cellmath__19__21_25_1__0_0 ;
		default : inst_it2_cellmath__56__57_0_24_0_ = {25{1'b0}} ;
	endcase
end

assign inst_it2_cellmath__56__57_1_0 = {1'B0,inst_it2_cellmath__56__57_0[24:1],1'B0};

assign inst_it2_cellmath__56__57_1_1 = {1'B0,inst_it2_cellmath__56__57_0[24:1],1'B0};

reg [25:0] inst_it2_cellmath__57__61_0_0_tmp_6;
assign inst_it2_cellmath__57__61_0_0 = inst_it2_cellmath__57__61_0_0_tmp_6;
always @ (inst_it2_lookup1_cellmath__55[1] or inst_cellmath__31__37_0_1) begin
	case (inst_it2_lookup1_cellmath__55[1])
		1'B1 : inst_it2_cellmath__57__61_0_0_tmp_6 = inst_cellmath__31__37_0_1 ;
		default : inst_it2_cellmath__57__61_0_0_tmp_6 = {26{1'b0}} ;
	endcase
end

assign inst_it2_cellmath__57__61_0_25_1__0_0 = {inst_it2_cellmath__57__61_0_0[25:2],1'B0};

assign inst_it2_cellmath__57__61_0_25_1__0_1 = {inst_it2_cellmath__57__61_0_0[25:2],1'B0};

assign inst_it2_cellmath__57__61_1_0 = {inst_it2_cellmath__57__61_0_25_1__0_1,1'B0};

assign inst_it2_cellmath__57__61_1_1 = {inst_it2_cellmath__57__61_0_25_1__0_0,1'B0};

reg [21:0] inst_cellmath__112_0_reg;
assign inst_cellmath__112 = inst_cellmath__112_0_reg;
always @ (posedge clk) begin
	begin
		inst_cellmath__112_0_reg <= inst_cellmath__90_0[22:1];
	end
end

assign inst_cellmath__134__111_22_1_ = {1'B1,inst_cellmath__112[21:1]};

assign inst_cellmath__120 = 
	+(inst_cellmath__16)
	+(inst_cellmath__17);

reg [28:0] inst_cellmath__44_0_reg;
assign inst_cellmath__44 = inst_cellmath__44_0_reg;
always @ (posedge clk) begin
	begin
		inst_cellmath__44_0_reg <= inst_cellmath__40;
	end
end

reg [28:0] inst_cellmath__45_0_reg;
assign inst_cellmath__45 = inst_cellmath__45_0_reg;
always @ (posedge clk) begin
	begin
		inst_cellmath__45_0_reg <= inst_cellmath__41;
	end
end

reg [28:0] inst_cellmath__124_tmp_7;
assign inst_cellmath__124 = inst_cellmath__124_tmp_7;
always @ (inst_cellmath__120[25] or inst_cellmath__44 or inst_cellmath__45) begin
	case (inst_cellmath__120[25])
		1'B0 : inst_cellmath__124_tmp_7 = inst_cellmath__44 ;
		default : inst_cellmath__124_tmp_7 = inst_cellmath__45 ;
	endcase
end

assign inst_cellmath__122 = ~inst_cellmath__124[28];

reg [22:0] inst_cellmath__125_tmp_8;
assign inst_cellmath__125 = inst_cellmath__125_tmp_8;
always @ (inst_cellmath__122 or inst_cellmath__124[27:5] or inst_cellmath__124[26:4]) begin
	case (inst_cellmath__122)
		1'B0 : inst_cellmath__125_tmp_8 = inst_cellmath__124[27:5] ;
		default : inst_cellmath__125_tmp_8 = inst_cellmath__124[26:4] ;
	endcase
end

reg [0:0] inst_cellmath__126_tmp_9;
assign inst_cellmath__126 = inst_cellmath__126_tmp_9;
always @ (inst_cellmath__122 or inst_cellmath__124[4] or inst_cellmath__124[3]) begin
	case (inst_cellmath__122)
		1'B0 : inst_cellmath__126_tmp_9 = inst_cellmath__124[4] ;
		default : inst_cellmath__126_tmp_9 = inst_cellmath__124[3] ;
	endcase
end

assign inst_cellmath__129 = 
	+(inst_cellmath__125)
	+(inst_cellmath__126);

assign inst_cellmath__127__104 = 
	(inst_cellmath__124[0])
	|(inst_cellmath__124[1])
	|(inst_cellmath__124[2])
	|(inst_cellmath__124[3]);

assign inst_cellmath__127__103 = 
	(inst_cellmath__124[0])
	|(inst_cellmath__124[1])
	|(inst_cellmath__124[2]);

reg [0:0] inst_cellmath__127_tmp_10;
assign inst_cellmath__127 = inst_cellmath__127_tmp_10;
always @ (inst_cellmath__122 or inst_cellmath__127__104 or inst_cellmath__127__103) begin
	case (inst_cellmath__122)
		1'B0 : inst_cellmath__127_tmp_10 = inst_cellmath__127__104 ;
		default : inst_cellmath__127_tmp_10 = inst_cellmath__127__103 ;
	endcase
end

assign inst_cellmath__130__105 = 
	(inst_cellmath__125[0])
	|(inst_cellmath__127)
	|(inst_cellmath__120[0])
	|(inst_cellmath__120[1])
	|(inst_cellmath__120[2])
	|(inst_cellmath__120[3])
	|(inst_cellmath__120[4])
	|(inst_cellmath__120[5])
	|(inst_cellmath__120[6])
	|(inst_cellmath__120[7])
	|(inst_cellmath__120[8])
	|(inst_cellmath__120[9])
	|(inst_cellmath__120[10])
	|(inst_cellmath__120[11])
	|(inst_cellmath__120[12])
	|(inst_cellmath__120[13])
	|(inst_cellmath__120[14])
	|(inst_cellmath__120[15])
	|(inst_cellmath__120[16])
	|(inst_cellmath__120[17])
	|(inst_cellmath__120[18])
	|(inst_cellmath__120[19])
	|(inst_cellmath__120[20])
	|(inst_cellmath__120[21])
	|(inst_cellmath__120[22])
	|(inst_cellmath__120[23])
	|(inst_cellmath__120[24])
	|(inst_cellmath__120[25]);

assign inst_cellmath__121__106 = 
	(inst_cellmath__129[0])
	&(inst_cellmath__130__105);

assign inst_cellmath__113__115_22_1__0 = {inst_cellmath__129[22:1],inst_cellmath__121__106};

assign inst_cellmath__113__115_22_1__1 = {inst_cellmath__134__111_22_1_,inst_cellmath__112[0]};

assign inst_cellmath__13__14 = ~accept;

reg [3:0] inst_cellmath__13_0_reg;
assign inst_cellmath__13 = inst_cellmath__13_0_reg;
always @ (posedge clk) begin
	if (inst_cellmath__13__14==1'B0) begin
		inst_cellmath__13_0_reg <= {4{1'B0}};
	end else begin
		inst_cellmath__13_0_reg <= inst_cellmath__12;
	end
end

assign inst_cellmath__12__18[3:0] = 
	+(inst_cellmath__13)
	+(4'B0001);

assign inst_cellmath__12__19 = 
	(inst_cellmath__13[0])
	&(inst_cellmath__13[1])
	&(inst_cellmath__13[2])
	&(inst_cellmath__13[3]);

reg [3:0] inst_cellmath__12_tmp_11;
assign inst_cellmath__12 = inst_cellmath__12_tmp_11;
always @ (inst_cellmath__12__19 or inst_cellmath__12__18[3:0]) begin
	case (inst_cellmath__12__19)
		1'B0 : inst_cellmath__12_tmp_11 = inst_cellmath__12__18[3:0] ;
		default : inst_cellmath__12_tmp_11 = 4'B1111 ;
	endcase
end

assign inst_cellmath__36[0] = 1'B0;

assign inst_cellmath__36[23:1] = inst_cellmath__39__W0[22:0];

reg [24:0] inst_cellmath__46_24_0_;
assign inst_cellmath__46[24:0] = inst_cellmath__46_24_0_;
always @ (inst_cellmath__11 or inst_cellmath__44[24:0]) begin
	case (inst_cellmath__11)
		1'B0 : inst_cellmath__46_24_0_ = inst_cellmath__44[24:0] ;
		default : inst_cellmath__46_24_0_ = 25'B0000000000000000000000001 ;
	endcase
end

reg [24:0] inst_cellmath__47_24_0_;
assign inst_cellmath__47[24:0] = inst_cellmath__47_24_0_;
always @ (inst_cellmath__11 or inst_cellmath__45[24:0]) begin
	case (inst_cellmath__11)
		1'B0 : inst_cellmath__47_24_0_ = inst_cellmath__45[24:0] ;
		default : inst_cellmath__47_24_0_ = {25{1'b0}} ;
	endcase
end

assign inst_cellmath__48__46 = ~(
	(inst_lookup0_cellmath__29[0])
	&(inst_lookup0_cellmath__29[1]));

reg [0:0] inst_cellmath__48__44_tmp_12;
assign inst_cellmath__48__44 = inst_cellmath__48__44_tmp_12;
always @ (inst_lookup0_cellmath__29[2] or inst_lookup0_cellmath__29[1] or inst_cellmath__48__46) begin
	case (inst_lookup0_cellmath__29[2])
		1'B0 : inst_cellmath__48__44_tmp_12 = inst_lookup0_cellmath__29[1] ;
		default : inst_cellmath__48__44_tmp_12 = inst_cellmath__48__46 ;
	endcase
end

assign inst_cellmath__48_1_0__1 = {inst_cellmath__48__44,inst_lookup0_cellmath__29[0]};

assign inst_cellmath__42__49[26:0] = {inst_cellmath__46[24:0],inst_cellmath__48__44,inst_lookup0_cellmath__29[0]};

assign inst_cellmath__42__50[26:0] = {inst_cellmath__47[24:0],inst_cellmath__48__44,inst_lookup0_cellmath__29[0]};

reg [26:0] inst_cellmath__42_26_0_;
assign inst_cellmath__42[26:0] = inst_cellmath__42_26_0_;
always @ (inst_cellmath__32 or inst_cellmath__42__50[26:0] or inst_cellmath__42__49[26:0]) begin
	case (inst_cellmath__32)
		1'B0 : inst_cellmath__42_26_0_ = inst_cellmath__42__50[26:0] ;
		default : inst_cellmath__42_26_0_ = inst_cellmath__42__49[26:0] ;
	endcase
end

assign inst_cellmath__50 = 
	+(inst_cellmath__48_1_0__1)
	-(2'B01);

assign inst_cellmath__43__53[26:0] = {inst_cellmath__46[24:0],inst_cellmath__50};

assign inst_cellmath__43__54[26:0] = {inst_cellmath__47[24:0],inst_cellmath__50};

assign inst_cellmath__43__56 = 
	(inst_lookup0_cellmath__29[0])
	|(inst_cellmath__48__44);

assign inst_cellmath__43__55 = 
	((~inst_lookup0_cellmath__29[2]))
	&(inst_cellmath__43__56);

reg [26:0] inst_cellmath__43_26_0_;
assign inst_cellmath__43[26:0] = inst_cellmath__43_26_0_;
always @ (inst_cellmath__43__55 or inst_cellmath__43__54[26:0] or inst_cellmath__43__53[26:0]) begin
	case (inst_cellmath__43__55)
		1'B0 : inst_cellmath__43_26_0_ = inst_cellmath__43__54[26:0] ;
		default : inst_cellmath__43_26_0_ = inst_cellmath__43__53[26:0] ;
	endcase
end

reg [25:0] inst_it2_cellmath__56_tmp_13;
assign inst_it2_cellmath__56 = inst_it2_cellmath__56_tmp_13;
always @ (inst_it2_lookup1_cellmath__55[2] or inst_it2_cellmath__56__57_1_0 or inst_it2_cellmath__56__57_1_1) begin
	case (inst_it2_lookup1_cellmath__55[2])
		1'B0 : inst_it2_cellmath__56_tmp_13 = ~inst_it2_cellmath__56__57_1_0 ;
		default : inst_it2_cellmath__56_tmp_13 = inst_it2_cellmath__56__57_1_1 ;
	endcase
end

reg [25:0] inst_it2_cellmath__57_tmp_14;
assign inst_it2_cellmath__57 = inst_it2_cellmath__57_tmp_14;
always @ (inst_it2_lookup1_cellmath__55[2] or inst_it2_cellmath__57__61_1_0 or inst_it2_cellmath__57__61_1_1) begin
	case (inst_it2_lookup1_cellmath__55[2])
		1'B0 : inst_it2_cellmath__57_tmp_14 = ~inst_it2_cellmath__57__61_1_0 ;
		default : inst_it2_cellmath__57_tmp_14 = inst_it2_cellmath__57__61_1_1 ;
	endcase
end

assign inst_it2_cellmath__58 = ~inst_it2_lookup1_cellmath__55[2];

assign inst_it2_cellmath__60 = {inst_cellmath__36[23:0],1'B0,inst_it2_cellmath__58};

assign inst_it2_cellmath__61 = {inst_cellmath__39__W1[23:0],1'B0,inst_it2_cellmath__58};

assign inst_it2_cellmath__62__W1 = (inst_it2_cellmath__60 ^ inst_it2_cellmath__61) ^ inst_it2_cellmath__56;
assign inst_it2_cellmath__62__W0[24:0] = (inst_it2_cellmath__60 & inst_it2_cellmath__61) | (inst_it2_cellmath__56 & (inst_it2_cellmath__60 | inst_it2_cellmath__61));

assign inst_it2_cellmath__63__67 = {inst_it2_cellmath__62__W0[24:0],1'B0};

assign inst_it2_cellmath__63__W1 = (inst_it2_cellmath__62__W1 ^ inst_it2_cellmath__63__67) ^ inst_it2_cellmath__57;
assign inst_it2_cellmath__63__W0[24:0] = (inst_it2_cellmath__62__W1 & inst_it2_cellmath__63__67) | (inst_it2_cellmath__57 & (inst_it2_cellmath__62__W1 | inst_it2_cellmath__63__67));

assign inst_cellmath__14[0] = 1'B0;

assign inst_cellmath__14[25:1] = inst_it2_cellmath__63__W0[24:0];

assign inst_it2_cellmath__64__70 = ~(
	(inst_it2_lookup1_cellmath__55[0])
	&(inst_it2_lookup1_cellmath__55[1]));

reg [0:0] inst_it2_cellmath__64__68_tmp_15;
assign inst_it2_cellmath__64__68 = inst_it2_cellmath__64__68_tmp_15;
always @ (inst_it2_lookup1_cellmath__55[2] or inst_it2_lookup1_cellmath__55[1] or inst_it2_cellmath__64__70) begin
	case (inst_it2_lookup1_cellmath__55[2])
		1'B0 : inst_it2_cellmath__64__68_tmp_15 = inst_it2_lookup1_cellmath__55[1] ;
		default : inst_it2_cellmath__64__68_tmp_15 = inst_it2_cellmath__64__70 ;
	endcase
end

assign inst_it2_cellmath__64_1_0__1 = {inst_it2_cellmath__64__68,inst_it2_lookup1_cellmath__55[0]};

assign inst_cellmath__40__73[28:0] = {inst_cellmath__42[26:0],inst_it2_cellmath__64__68,inst_it2_lookup1_cellmath__55[0]};

assign inst_cellmath__40__74[28:0] = {inst_cellmath__43[26:0],inst_it2_cellmath__64__68,inst_it2_lookup1_cellmath__55[0]};

reg [28:0] inst_cellmath__40_tmp_16;
assign inst_cellmath__40 = inst_cellmath__40_tmp_16;
always @ (inst_it2_cellmath__58 or inst_cellmath__40__74[28:0] or inst_cellmath__40__73[28:0]) begin
	case (inst_it2_cellmath__58)
		1'B0 : inst_cellmath__40_tmp_16 = inst_cellmath__40__74[28:0] ;
		default : inst_cellmath__40_tmp_16 = inst_cellmath__40__73[28:0] ;
	endcase
end

assign inst_it2_cellmath__66 = 
	+(inst_it2_cellmath__64_1_0__1)
	-(2'B01);

assign inst_cellmath__41__77[28:0] = {inst_cellmath__42[26:0],inst_it2_cellmath__66};

assign inst_cellmath__41__78[28:0] = {inst_cellmath__43[26:0],inst_it2_cellmath__66};

assign inst_cellmath__41__80 = 
	(inst_it2_lookup1_cellmath__55[0])
	|(inst_it2_cellmath__64__68);

assign inst_cellmath__41__79 = 
	((~inst_it2_lookup1_cellmath__55[2]))
	&(inst_cellmath__41__80);

reg [28:0] inst_cellmath__41_tmp_17;
assign inst_cellmath__41 = inst_cellmath__41_tmp_17;
always @ (inst_cellmath__41__79 or inst_cellmath__41__78[28:0] or inst_cellmath__41__77[28:0]) begin
	case (inst_cellmath__41__79)
		1'B0 : inst_cellmath__41_tmp_17 = inst_cellmath__41__78[28:0] ;
		default : inst_cellmath__41_tmp_17 = inst_cellmath__41__77[28:0] ;
	endcase
end

wire [7:0] inst_cellmath__67_tmp_18;
assign inst_cellmath__67_tmp_18 = 
	+(inst_cellmath__8[30:23])
	-(inst_cellmath__9[30:23]);
assign inst_cellmath__67[7:0] = inst_cellmath__67_tmp_18
	+(8'B01111110);

wire [9:0] inst_cellmath__68_tmp_19;
assign inst_cellmath__68_tmp_19 = 
	+(inst_cellmath__8[30:23])
	-(inst_cellmath__9[30:23]);
assign inst_cellmath__68 = inst_cellmath__68_tmp_19
	+(10'B0001111111);

assign inst_cellmath__69__82 = 
	(inst_cellmath__68[0])
	&(inst_cellmath__68[1])
	&(inst_cellmath__68[2])
	&(inst_cellmath__68[3])
	&(inst_cellmath__68[4])
	&(inst_cellmath__68[5])
	&(inst_cellmath__68[6])
	&(inst_cellmath__68[7]);

assign inst_cellmath__69__81 = 
	(inst_cellmath__68[8])
	|(inst_cellmath__69__82);

assign inst_cellmath__69 = 
	((~inst_cellmath__68[9]))
	&(inst_cellmath__69__81);

assign inst_cellmath__70__83 = 
	(inst_cellmath__68[0])
	|(inst_cellmath__68[1])
	|(inst_cellmath__68[2])
	|(inst_cellmath__68[3])
	|(inst_cellmath__68[4])
	|(inst_cellmath__68[5])
	|(inst_cellmath__68[6])
	|(inst_cellmath__68[7])
	|(inst_cellmath__68[8]);

assign inst_cellmath__70 = 
	(inst_cellmath__68[9])
	|((~inst_cellmath__70__83));

assign inst_cellmath__71 = 
	((~inst_cellmath__68[9]))
	&((~inst_cellmath__68[8]))
	&(inst_cellmath__68[0])
	&(inst_cellmath__68[1])
	&(inst_cellmath__68[2])
	&(inst_cellmath__68[3])
	&(inst_cellmath__68[4])
	&(inst_cellmath__68[5])
	&(inst_cellmath__68[6])
	&(inst_cellmath__68[7]);

assign inst_cellmath__72 = 
	(inst_cellmath__68[0])
	&((~inst_cellmath__68[1]))
	&((~inst_cellmath__68[2]))
	&((~inst_cellmath__68[3]))
	&((~inst_cellmath__68[4]))
	&((~inst_cellmath__68[5]))
	&((~inst_cellmath__68[6]))
	&((~inst_cellmath__68[7]))
	&((~inst_cellmath__68[8]));

assign inst_cellmath__73 = 
	(inst_cellmath__69)
	&((~inst_cellmath__71));

assign inst_cellmath__74 = 
	(inst_cellmath__70)
	|(inst_cellmath__72);

assign inst_cellmath__75 = 
	(inst_cellmath__8[23])
	&(inst_cellmath__8[24])
	&(inst_cellmath__8[25])
	&(inst_cellmath__8[26])
	&(inst_cellmath__8[27])
	&(inst_cellmath__8[28])
	&(inst_cellmath__8[29])
	&(inst_cellmath__8[30]);

assign inst_cellmath__76 = 
	(inst_cellmath__9[23])
	&(inst_cellmath__9[24])
	&(inst_cellmath__9[25])
	&(inst_cellmath__9[26])
	&(inst_cellmath__9[27])
	&(inst_cellmath__9[28])
	&(inst_cellmath__9[29])
	&(inst_cellmath__9[30]);

assign inst_cellmath__77 = 
	(inst_cellmath__8[0])
	|(inst_cellmath__8[1])
	|(inst_cellmath__8[2])
	|(inst_cellmath__8[3])
	|(inst_cellmath__8[4])
	|(inst_cellmath__8[5])
	|(inst_cellmath__8[6])
	|(inst_cellmath__8[7])
	|(inst_cellmath__8[8])
	|(inst_cellmath__8[9])
	|(inst_cellmath__8[10])
	|(inst_cellmath__8[11])
	|(inst_cellmath__8[12])
	|(inst_cellmath__8[13])
	|(inst_cellmath__8[14])
	|(inst_cellmath__8[15])
	|(inst_cellmath__8[16])
	|(inst_cellmath__8[17])
	|(inst_cellmath__8[18])
	|(inst_cellmath__8[19])
	|(inst_cellmath__8[20])
	|(inst_cellmath__8[21])
	|(inst_cellmath__8[22]);

assign inst_cellmath__78 = 
	(inst_cellmath__9[0])
	|(inst_cellmath__9[1])
	|(inst_cellmath__9[2])
	|(inst_cellmath__9[3])
	|(inst_cellmath__9[4])
	|(inst_cellmath__9[5])
	|(inst_cellmath__9[6])
	|(inst_cellmath__9[7])
	|(inst_cellmath__9[8])
	|(inst_cellmath__9[9])
	|(inst_cellmath__9[10])
	|(inst_cellmath__9[11])
	|(inst_cellmath__9[12])
	|(inst_cellmath__9[13])
	|(inst_cellmath__9[14])
	|(inst_cellmath__9[15])
	|(inst_cellmath__9[16])
	|(inst_cellmath__9[17])
	|(inst_cellmath__9[18])
	|(inst_cellmath__9[19])
	|(inst_cellmath__9[20])
	|(inst_cellmath__9[21])
	|(inst_cellmath__9[22]);

assign inst_cellmath__79 = 
	(inst_cellmath__75)
	&(inst_cellmath__77);

assign inst_cellmath__80 = 
	(inst_cellmath__76)
	&(inst_cellmath__78);

assign inst_cellmath__83 = 
	(inst_cellmath__75)
	&((~inst_cellmath__77));

assign inst_cellmath__84 = 
	(inst_cellmath__76)
	&((~inst_cellmath__78));

assign inst_cellmath__85 = ~(
	(inst_cellmath__8[23])
	|(inst_cellmath__8[24])
	|(inst_cellmath__8[25])
	|(inst_cellmath__8[26])
	|(inst_cellmath__8[27])
	|(inst_cellmath__8[28])
	|(inst_cellmath__8[29])
	|(inst_cellmath__8[30]));

assign inst_cellmath__86 = ~(
	(inst_cellmath__9[23])
	|(inst_cellmath__9[24])
	|(inst_cellmath__9[25])
	|(inst_cellmath__9[26])
	|(inst_cellmath__9[27])
	|(inst_cellmath__9[28])
	|(inst_cellmath__9[29])
	|(inst_cellmath__9[30]));

assign inst_cellmath__87__87 = 
	(inst_cellmath__83)
	&(inst_cellmath__84);

assign inst_cellmath__87__88 = 
	(inst_cellmath__85)
	&(inst_cellmath__86);

assign inst_cellmath__87 = 
	(inst_cellmath__87__88)
	|(inst_cellmath__87__87)
	|(inst_cellmath__79)
	|(inst_cellmath__80);

assign inst_cellmath__88 = 
	(inst_cellmath__83)
	|(inst_cellmath__86);

assign inst_cellmath__89 = 
	(inst_cellmath__84)
	|(inst_cellmath__85);

assign inst_cellmath__79_0 = {inst_cellmath__79,inst_cellmath__80};

assign inst_cellmath__90_1 = {inst_cellmath__9[21:0],inst_cellmath__9[31]};

assign inst_cellmath__90_2 = {inst_cellmath__8[21:0],inst_cellmath__8[31]};

assign inst_cellmath__91 = 
	(inst_cellmath__8[31])
	^(inst_cellmath__9[31]);

assign inst_cellmath__92__95 = 
	(inst_cellmath__87)
	|(inst_cellmath__91);

reg [22:0] inst_cellmath__90_0_tmp_20;
assign inst_cellmath__90_0 = inst_cellmath__90_0_tmp_20;
always @ (inst_cellmath__79_0 or inst_cellmath__90_1 or inst_cellmath__90_2 or inst_cellmath__92__95) begin
	casez (inst_cellmath__79_0)
		2'B01 : inst_cellmath__90_0_tmp_20 = inst_cellmath__90_1 ;
		2'B1? : inst_cellmath__90_0_tmp_20 = inst_cellmath__90_2 ;
		default : inst_cellmath__90_0_tmp_20 = inst_cellmath__92__95 ;
	endcase
end

assign inst_cellmath__96 = (8'B00000110==(inst_cellmath__12 - 8'B00000001));

reg  inst_cellmath__98_0_reg;
assign inst_cellmath__98 = inst_cellmath__98_0_reg;
always @ (posedge clk) begin
	begin
		inst_cellmath__98_0_reg <= inst_cellmath__90_0[0];
	end
end

reg  inst_cellmath__100_0_reg;
assign inst_cellmath__100 = inst_cellmath__100_0_reg;
always @ (posedge clk) begin
	begin
		inst_cellmath__100_0_reg <= inst_cellmath__87;
	end
end

reg  inst_cellmath__101_0_reg;
assign inst_cellmath__101 = inst_cellmath__101_0_reg;
always @ (posedge clk) begin
	begin
		inst_cellmath__101_0_reg <= inst_cellmath__88;
	end
end

reg  inst_cellmath__102_0_reg;
assign inst_cellmath__102 = inst_cellmath__102_0_reg;
always @ (posedge clk) begin
	begin
		inst_cellmath__102_0_reg <= inst_cellmath__89;
	end
end

reg  inst_cellmath__103_0_reg;
assign inst_cellmath__103 = inst_cellmath__103_0_reg;
always @ (posedge clk) begin
	begin
		inst_cellmath__103_0_reg <= inst_cellmath__69;
	end
end

reg  inst_cellmath__104_0_reg;
assign inst_cellmath__104 = inst_cellmath__104_0_reg;
always @ (posedge clk) begin
	begin
		inst_cellmath__104_0_reg <= inst_cellmath__73;
	end
end

reg  inst_cellmath__105_0_reg;
assign inst_cellmath__105 = inst_cellmath__105_0_reg;
always @ (posedge clk) begin
	begin
		inst_cellmath__105_0_reg <= inst_cellmath__70;
	end
end

reg  inst_cellmath__106_0_reg;
assign inst_cellmath__106 = inst_cellmath__106_0_reg;
always @ (posedge clk) begin
	begin
		inst_cellmath__106_0_reg <= inst_cellmath__74;
	end
end

reg [7:0] inst_cellmath__110_0_reg;
assign inst_cellmath__110 = inst_cellmath__110_0_reg;
always @ (posedge clk) begin
	begin
		inst_cellmath__110_0_reg <= inst_cellmath__67[7:0];
	end
end

reg [7:0] inst_cellmath__111_0_reg;
assign inst_cellmath__111 = inst_cellmath__111_0_reg;
always @ (posedge clk) begin
	begin
		inst_cellmath__111_0_reg <= inst_cellmath__68[7:0];
	end
end

reg  inst_cellmath__109_0_reg;
assign inst_cellmath__109 = inst_cellmath__109_0_reg;
always @ (posedge clk) begin
	begin
		inst_cellmath__109_0_reg <= inst_cellmath__96;
	end
end

assign inst_cellmath__133__109 = 
	(inst_cellmath__103)
	|(inst_cellmath__100)
	|(inst_cellmath__101);

assign inst_cellmath__135 = 
	(inst_cellmath__105)
	|(inst_cellmath__103)
	|(inst_cellmath__102)
	|(inst_cellmath__100)
	|(inst_cellmath__101);

assign inst_cellmath__136 = 
	(inst_cellmath__106)
	|(inst_cellmath__104)
	|(inst_cellmath__102)
	|(inst_cellmath__100)
	|(inst_cellmath__101);

reg [0:0] inst_cellmath__137_tmp_21;
assign inst_cellmath__137 = inst_cellmath__137_tmp_21;
always @ (inst_cellmath__122 or inst_cellmath__135 or inst_cellmath__136) begin
	case (inst_cellmath__122)
		1'B0 : inst_cellmath__137_tmp_21 = inst_cellmath__135 ;
		default : inst_cellmath__137_tmp_21 = inst_cellmath__136 ;
	endcase
end

assign inst_cellmath__137_0 = {inst_cellmath__137,inst_cellmath__122};

reg [7:0] inst_cellmath__113__113_tmp_22;
assign inst_cellmath__113__113 = inst_cellmath__113__113_tmp_22;
always @ (inst_cellmath__137_0 or inst_cellmath__111 or inst_cellmath__110 or inst_cellmath__133__109) begin
	casez (inst_cellmath__137_0)
		2'B00 : inst_cellmath__113__113_tmp_22 = inst_cellmath__111 ;
		2'B01 : inst_cellmath__113__113_tmp_22 = inst_cellmath__110 ;
		default : inst_cellmath__113__113_tmp_22 = {{7{inst_cellmath__133__109}}, inst_cellmath__133__109} ;
	endcase
end

assign inst_cellmath__137_1 = {inst_cellmath__137,inst_cellmath__100};

reg [22:0] inst_cellmath__113__115_22_1__tmp_23;
assign inst_cellmath__113__115_22_1_ = inst_cellmath__113__115_22_1__tmp_23;
always @ (inst_cellmath__137_1 or inst_cellmath__113__115_22_1__0 or inst_cellmath__113__115_22_1__1) begin
	casez (inst_cellmath__137_1)
		2'B0? : inst_cellmath__113__115_22_1__tmp_23 = inst_cellmath__113__115_22_1__0 ;
		2'B11 : inst_cellmath__113__115_22_1__tmp_23 = inst_cellmath__113__115_22_1__1 ;
		default : inst_cellmath__113__115_22_1__tmp_23 = {23{1'b0}} ;
	endcase
end

assign inst_cellmath__113 = {inst_cellmath__98,inst_cellmath__113__113,inst_cellmath__113__115_22_1_};
endmodule

/* CADENCE  vrP1SA/brw== : u9/ySgnWtBlWxVPRXgAZ4Og= ** DO NOT EDIT THIS LINE **/